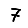
Digit: 7